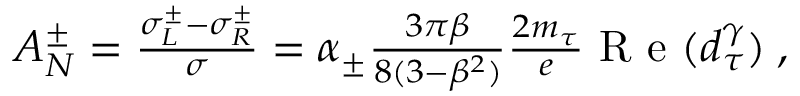
\begin{array} { r } { A _ { N } ^ { \pm } = { \frac { \sigma _ { L } ^ { \pm } - \sigma _ { R } ^ { \pm } } { \sigma } } = \alpha _ { \pm } { \frac { 3 \pi \beta } { 8 ( 3 - \beta ^ { 2 } ) } } { \frac { 2 m _ { \tau } } { e } } \textrm { R e } ( d _ { \tau } ^ { \gamma } ) \; , } \end{array}